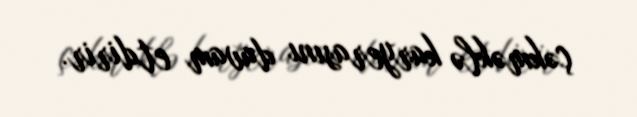
çəkməklə karyerasını davam etdirir.